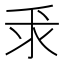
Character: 𫡕